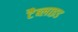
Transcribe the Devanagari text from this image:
टैब्लाइड